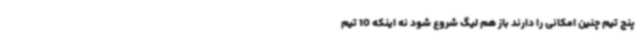
پنج تیم چنین امکانی را دارند باز هم لیگ‌ شروع شود نه اینکه 10 تیم